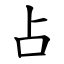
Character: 占